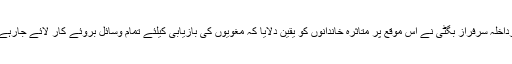
وزیرداخلہ سرفراز بگٹی نے اس موقع پر متاثرہ خاندانوں کو یقین دلایا کہ مغویوں کی بازیابی کیلئے تمام وسائل بروئے کار لائے جارہے ہیں۔